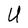
Character: U